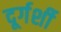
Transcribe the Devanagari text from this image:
दूर्गर्शी